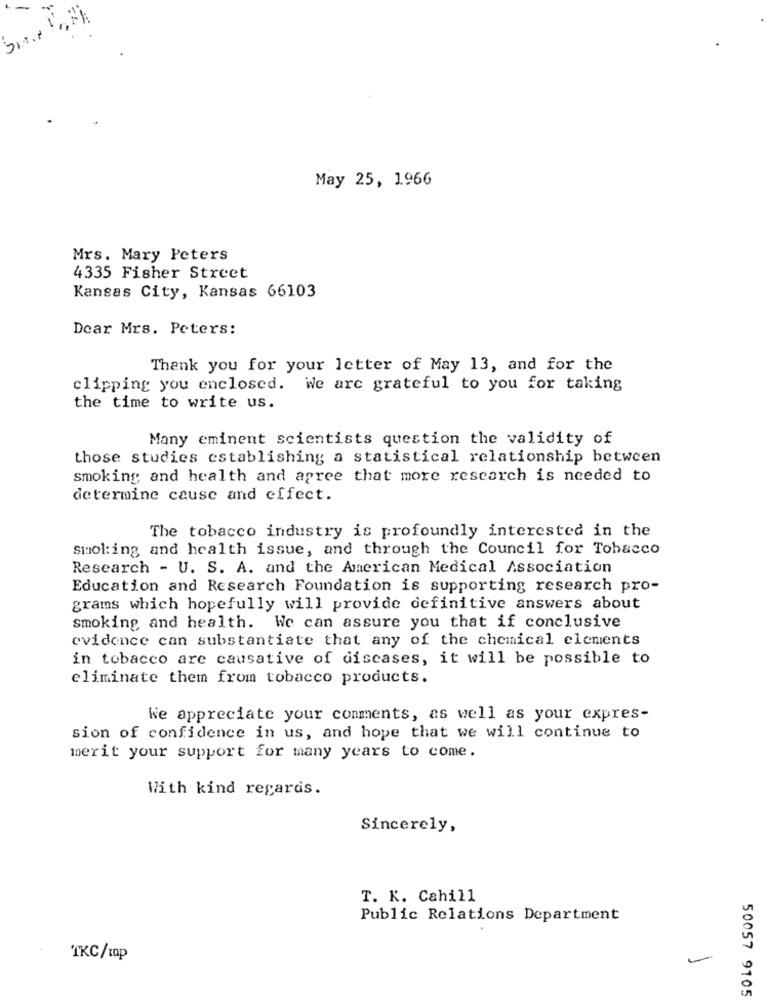
May 25, 1966
Mrs. Mary Peters
4335 Fisher Street
Kansas City, Kansas 66103
Dear Mrs. Peters:
Thank you for your letter of May 13, and for the
clipping you enclosed. We are grateful to you for taking
the time to write us.
Many eminent scientists question the validity of
those studies establishing a statistical relationship between
smoking and health and agree that more research is needed to
determine cause and effect.
The tobacco industry is profoundly interested in the
smoking and health issue, and through the Council for Tobacco
Research - U. S. A. and the American Medical Association
Education and Research Foundation is supporting research pro-
grams which hopefully will provide definitive answers about
smoking and health. We can assure you that if conclusive
evidence can substantiate that any of the chemical elements
in tobacco are causative of discases, it will be possible to
eliminate them from tobacco products.
We appreciate your comments, as well as your expres-
sion of confidence in us, and hope that we will continue to
merit your support for many years to come.
With kind regards.
Sincerely,
T. K. Cahill
Public Relations Department
TKC/Ip
50057 9105